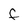
Character: F